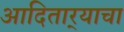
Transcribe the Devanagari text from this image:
आदितार्‍याचा